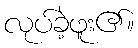
လုပ်ခဲ့ဖူး၏။